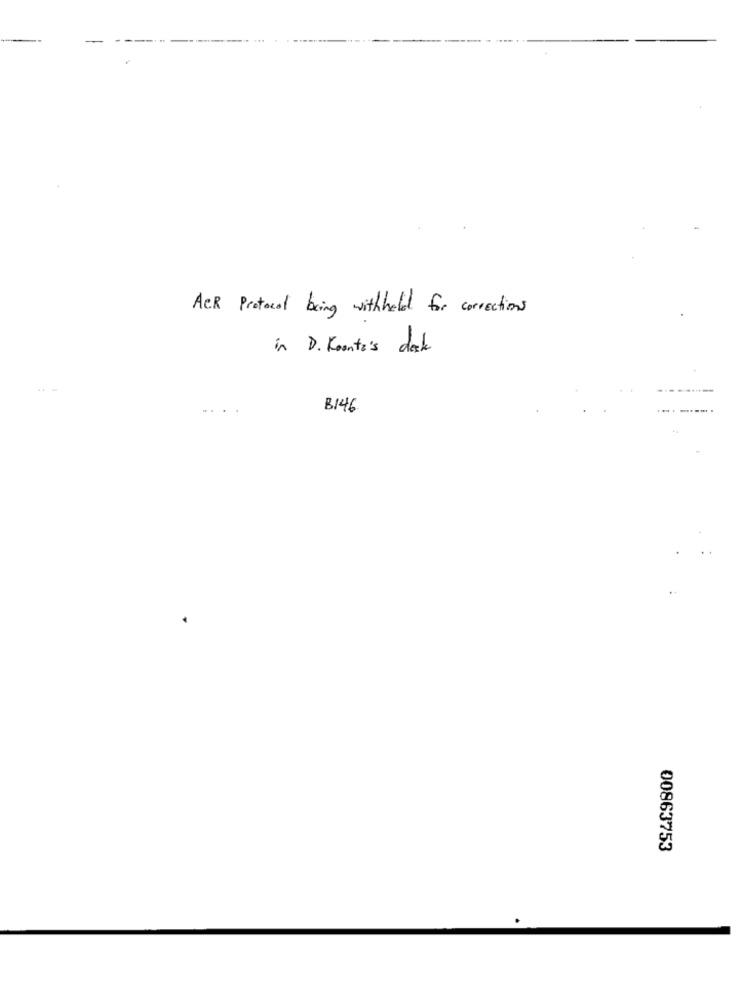
ACR Protocol being withheld for corrections
in D. Konte's dock
.-
...
B146
00863753